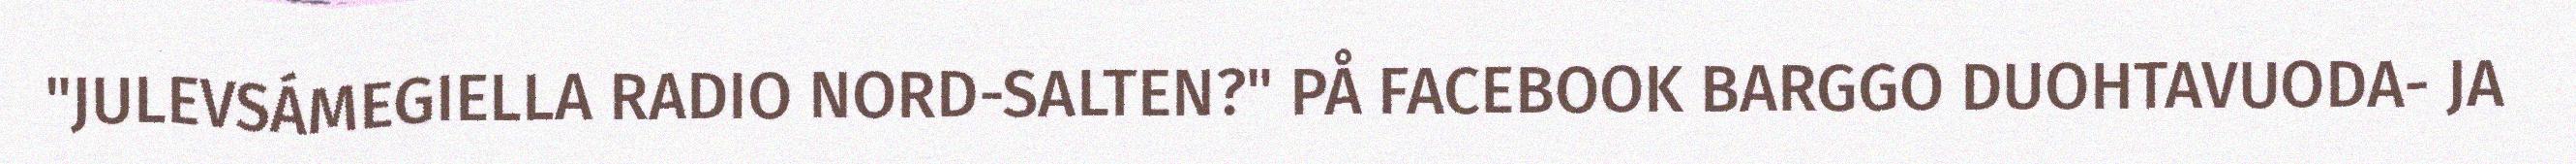
"JULEVSÁMEGIELLA RADIO NORD-SALTEN?" PÅ FACEBOOK BARGGO DUOHTAVUODA- JA